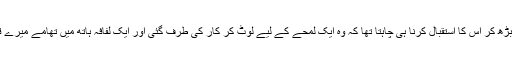
میں آگے بڑھ کر اس کا استقبال کرنا ہی چاہتا تھا کہ وہ ایک لمحے کے لیے لوٹ کر کار کی طرف گئی اور ایک لفافہ ہاتھ میں تھامے میرے قریب آئی۔